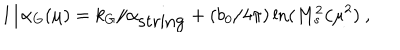
1 / \alpha _ { G } ( \mu ) = k _ { G } / \alpha _ { \mathrm { s t r i n g } } + ( { b _ { 0 } / { 4 \pi } } ) \ln ( { M _ { s } ^ { 2 } / \mu ^ { 2 } } ) ~ ,